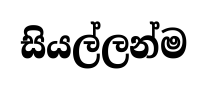
සියල්ලන්ම